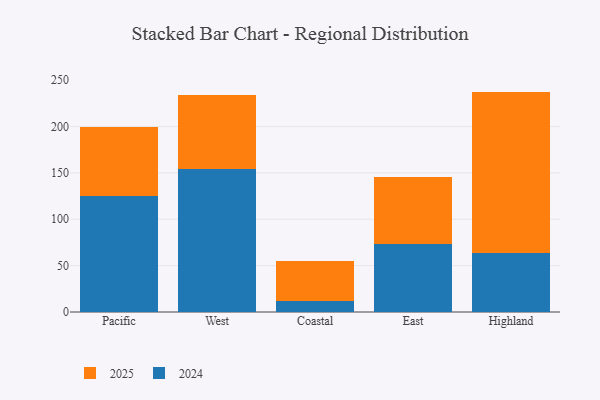
{"axis": {"x": "Region", "y": "Conversion Rate (%)"}, "legend": ["2024", "2025"], "data": [{"x": "Pacific", "y": 74.5, "type": "2025"}, {"x": "Pacific", "y": 125.5, "type": "2024"}, {"x": "West", "y": 79.9, "type": "2025"}, {"x": "West", "y": 153.8, "type": "2024"}, {"x": "Coastal", "y": 42.5, "type": "2025"}, {"x": "Coastal", "y": 12.0, "type": "2024"}, {"x": "East", "y": 71.9, "type": "2025"}, {"x": "East", "y": 73.3, "type": "2024"}, {"x": "Highland", "y": 174.2, "type": "2025"}, {"x": "Highland", "y": 63.5, "type": "2024"}]}